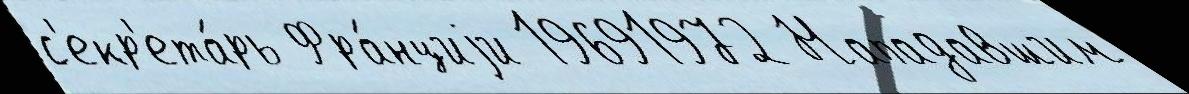
с'екр'ета́рь Фра́нциjи 19691972 Нападавшим